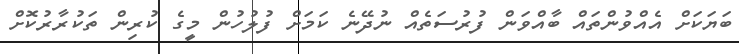
ބަޔަކަށް އެއްވުންތައް ބާއްވަން ފުރުސަތެއް ނުދޭނެ ކަމަށް ފުލުހުން މީގެ ކުރިން ތަކުރާރުކޮށް